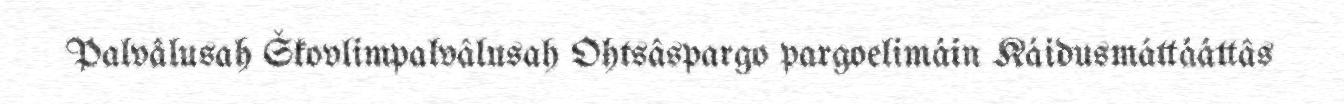
Palvâlusah Škovlimpalvâlusah Ohtsâspargo pargoelimáin Káidusmáttááttâs